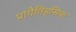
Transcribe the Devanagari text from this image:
प्रागैतिहसिक